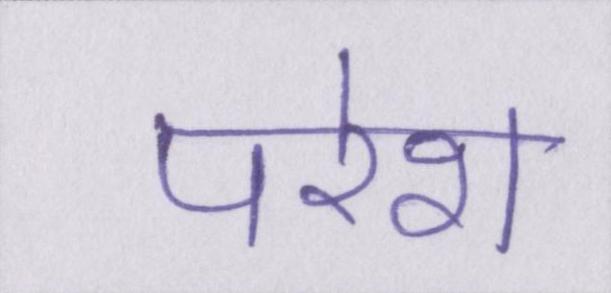
परेश